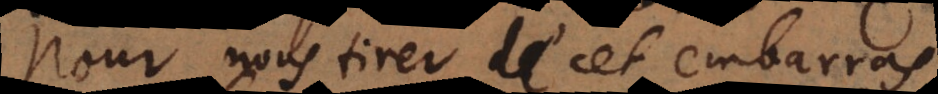
Pour nous tirer de cet embarra